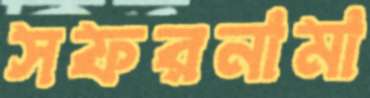
সফরনামা